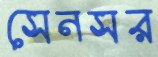
সেনসর